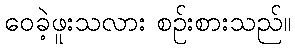
ဝေခဲ့ဖူးသလား စဉ်းစားသည်။